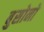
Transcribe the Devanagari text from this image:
बुसोनो